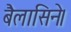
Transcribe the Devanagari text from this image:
बैलासिने।